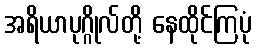
အရိယာပုဂ္ဂိုလ်တို့ နေထိုင်ကြပုံ